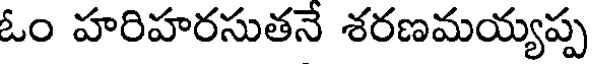
ఓం హరిహరసుతనే శరణమయ్యప్ప